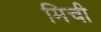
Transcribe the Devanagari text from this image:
मिची